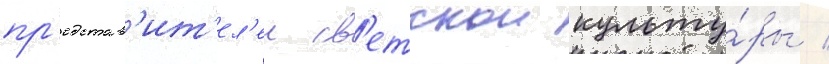
пр'едстав'ит'ел'еи св'етскои культу́ры /